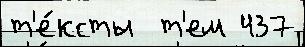
т'е́ксты  т'ем 437